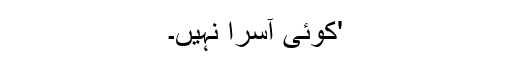
'کوئی آسرا نہیں۔